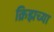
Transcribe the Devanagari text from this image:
क्रिझच्या